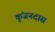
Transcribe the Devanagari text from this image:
कुंजनदास